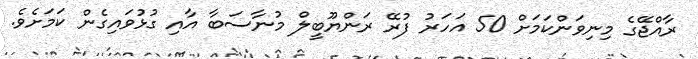
ރާއްޖޭގެ މިނިވަންކަމަށް 50 އަަހަރު ފުރޭ ރަންޔޫބީލް މުނާސަބާ އާއި ގުޅުވައިގެން ކަމަށެވެ.